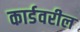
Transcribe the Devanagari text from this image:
कार्डवरील